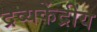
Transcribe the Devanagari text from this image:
द्रव्यकेंद्रीय